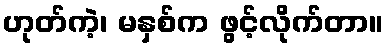
ဟုတ်ကဲ့၊ မနှစ်က ဖွင့်လိုက်တာ။